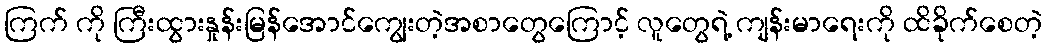
ကြက် ကို ကြီးထွားနှုန်းမြန်အောင်ကျွေးတဲ့အစာတွေကြောင့် လူတွေရဲ့ ကျန်းမာရေးကို ထိခိုက်စေတဲ့